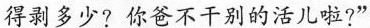
得剥多少?你爸不干别的活儿啦?”